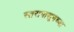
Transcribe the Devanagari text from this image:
स्तरापासूनच्या